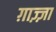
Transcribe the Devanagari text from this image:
ग़ाज़्ज़ा